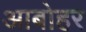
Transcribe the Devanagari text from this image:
आबोहर